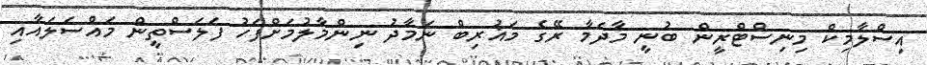
އިސްލާމިކް މިނިސްޓްރީން ބުނީ މާދަމާ ރޭގެ މަޣުރިބް ނަމާދު ނިންމާލުމަށްފަހު ފަލަސްތީން މައްސަލައާއި